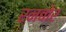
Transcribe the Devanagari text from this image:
रनबोर